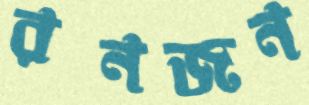
রনজন